65_HS1-834228961_62-HQ-83894_Section_7
Agency: FBI
Page 67
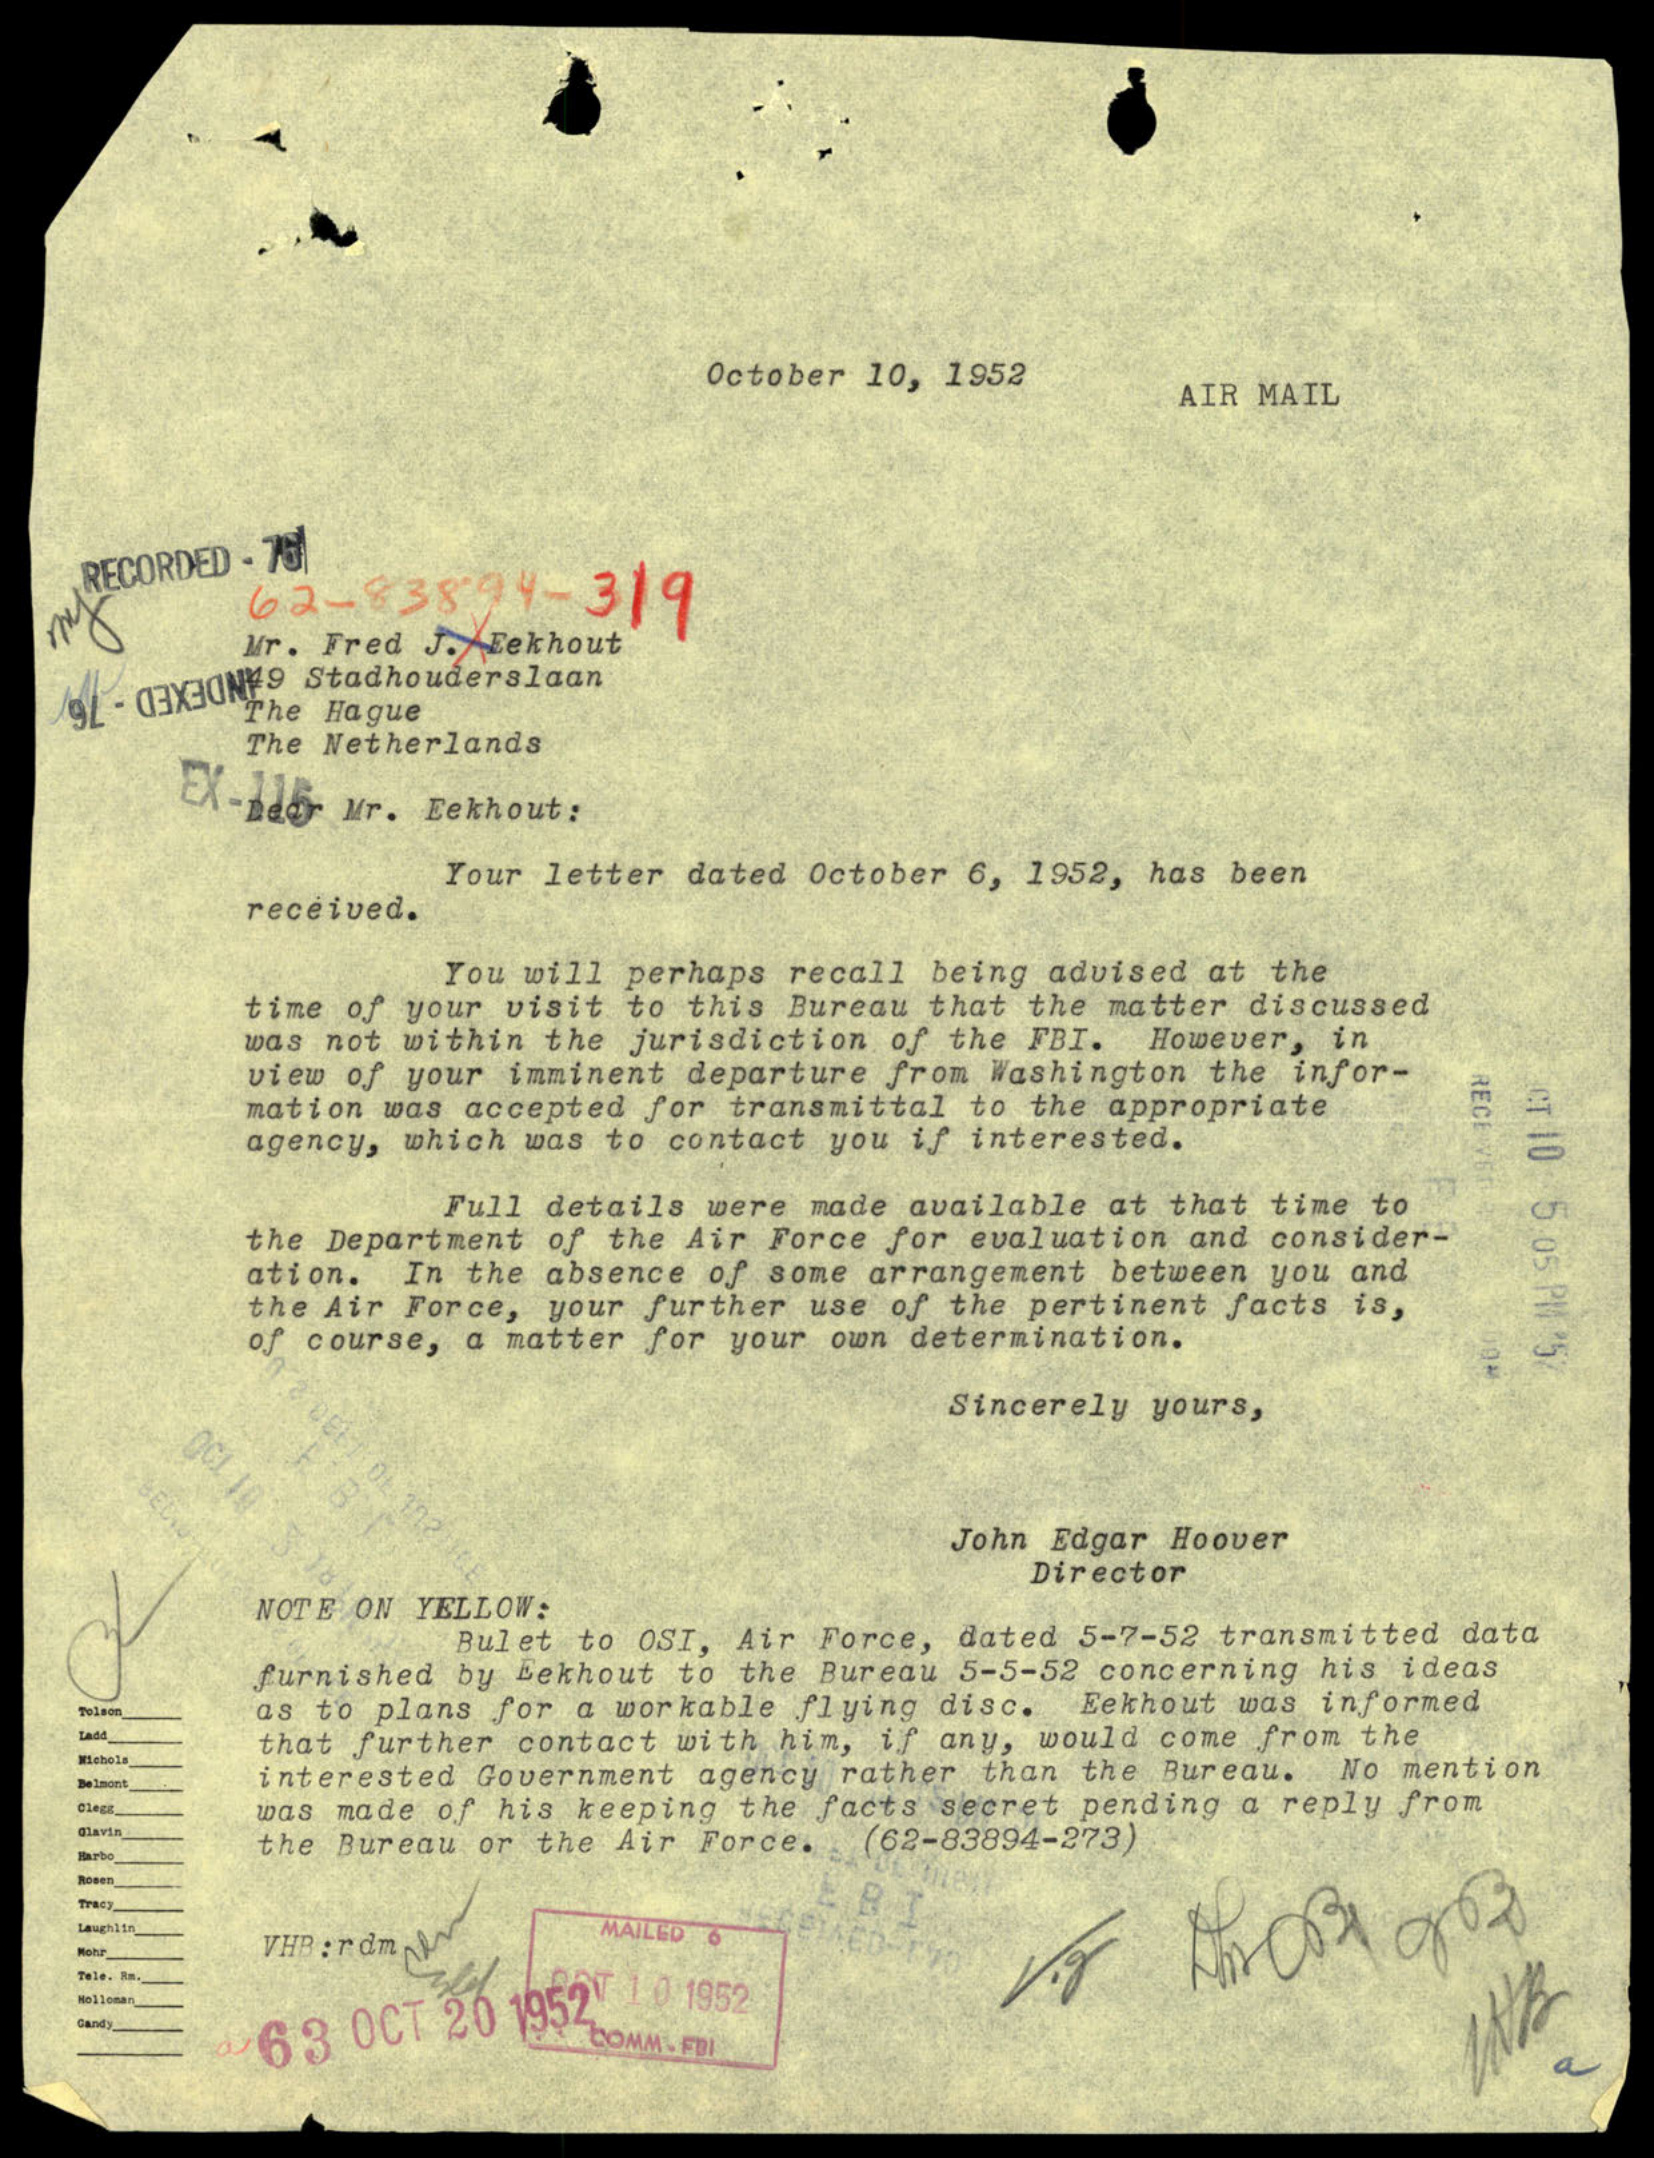